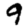
Digit: 9